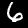
Label: 6